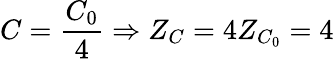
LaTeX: C=\frac{C_{0}}{4}\Rightarrow Z_{C}=4Z_{C_{0}}=4